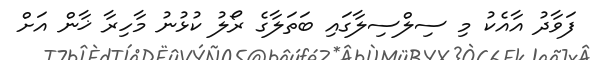
ފަވާދު އާއެކު މި ސިލްސިލާގައި ބަތަލާގެ ރޯލު ކުޅުނު މާހިރާ ޚާން އަށް